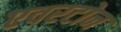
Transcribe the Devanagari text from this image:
एवरटोन